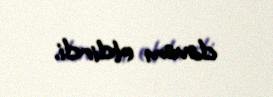
davam etdirdi.